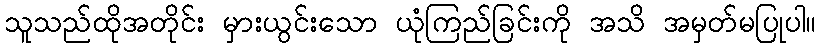
သူသည်ထိုအတိုင်း မှားယွင်းသော ယုံကြည်ခြင်းကို အသိ အမှတ်မပြုပါ။